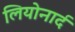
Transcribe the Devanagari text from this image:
लियोनार्द